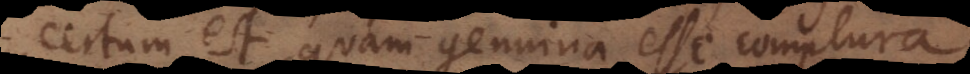
certum est, quam genuina esse complura